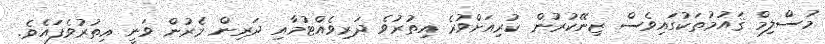
މުސްލިމް ޤައުމުތަކުގައިވެސް ޒިނޭކުރުން ކުރިއަށްވުރެ އިތުރުވެ ދަރިވެއްޓުމާއި ދަރިން މެރުން ވަނީ އިތުރުވެފައެވެ.